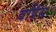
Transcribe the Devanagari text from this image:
वपिस